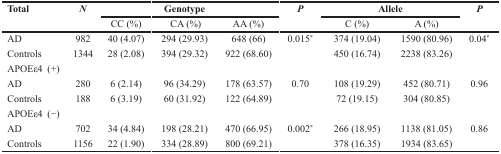
<table><thead><tr><td rowspan="2"><b>Total</b></td><td rowspan="2"><b><i>N</i></b></td><td colspan="3"><b>Genotype</b></td><td rowspan="2"><b><i>P</i></b></td><td colspan="2"><b>Allele</b></td><td rowspan="2"><b><i>P</i></b></td></tr><tr><td><b>CC (%)</b></td><td><b>CA (%)</b></td><td><b>AA (%)</b></td><td><b>C (%)</b></td><td><b>A (%)</b></td></tr></thead><tbody><tr><td>AD</td><td>982</td><td>40 (4.07)</td><td>294 (29.93)</td><td>648 (66)</td><td>0.015<sup>*</sup></td><td>374 (19.04)</td><td>1590 (80.96)</td><td>0.04<sup>*</sup></td></tr><tr><td>Controls</td><td>1344</td><td>28 (2.08)</td><td>394 (29.32)</td><td>922 (68.60)</td><td></td><td>450 (16.74)</td><td>2238 (83.26)</td><td></td></tr><tr><td>APOEε4 (+)</td><td></td><td></td><td></td><td></td><td></td><td></td><td></td><td></td></tr><tr><td>AD</td><td>280</td><td>6 (2.14)</td><td>96 (34.29)</td><td>178 (63.57)</td><td>0.70</td><td>108 (19.29)</td><td>452 (80.71)</td><td>0.96</td></tr><tr><td>Controls</td><td>188</td><td>6 (3.19)</td><td>60 (31.92)</td><td>122 (64.89)</td><td></td><td>72 (19.15)</td><td>304 (80.85)</td><td></td></tr><tr><td>APOEε4 (−)</td><td></td><td></td><td></td><td></td><td></td><td></td><td></td><td></td></tr><tr><td>AD</td><td>702</td><td>34 (4.84)</td><td>198 (28.21)</td><td>470 (66.95)</td><td>0.002<sup>*</sup></td><td>266 (18.95)</td><td>1138 (81.05)</td><td>0.86</td></tr><tr><td>Controls</td><td>1156</td><td>22 (1.90)</td><td>334 (28.89)</td><td>800 (69.21)</td><td></td><td>378 (16.35)</td><td>1934 (83.65)</td><td></td></tr></tbody></table>